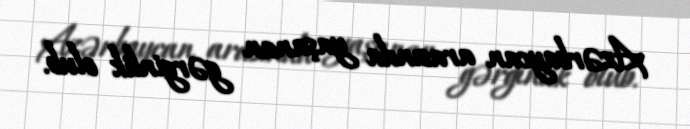
Azərbaycan arasında yaşanan gərginlik olub.